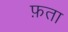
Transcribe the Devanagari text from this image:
फ़ता